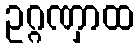
ဥဂ္ဂဏှာထ